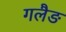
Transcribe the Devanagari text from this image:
गलैङ